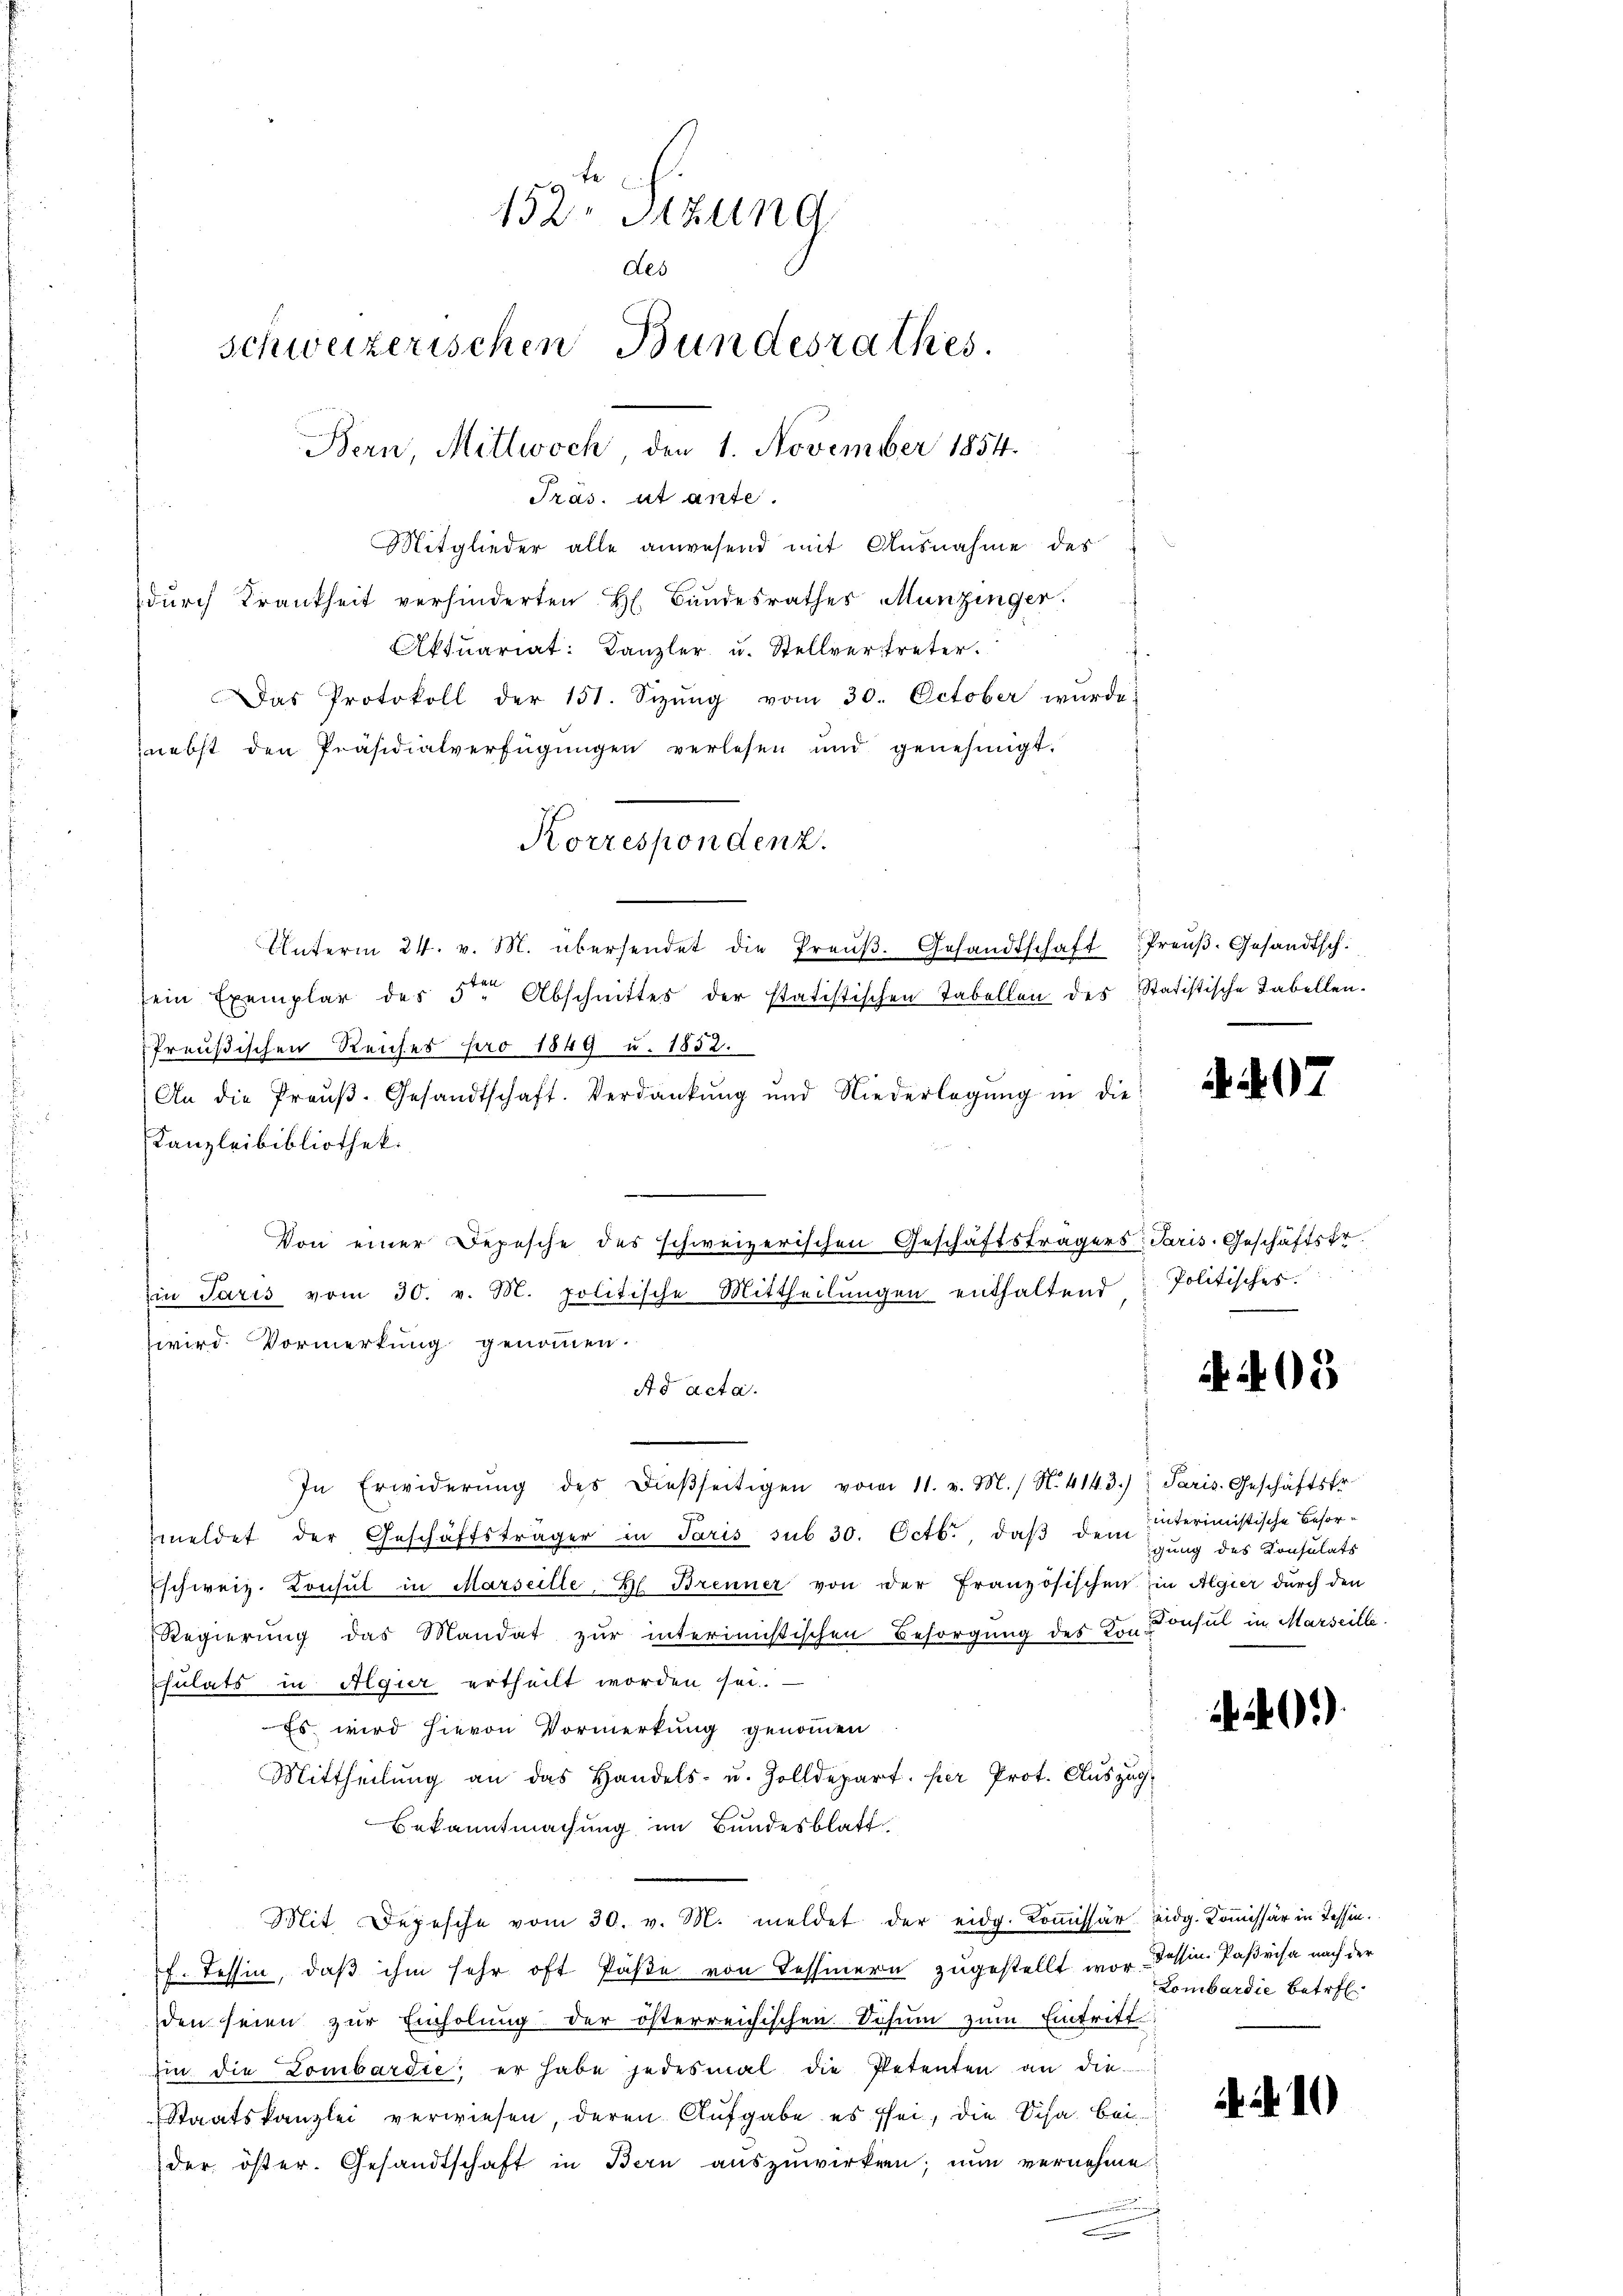
Mitglieder alle anwesend mit Ausnahme des
durch Krankheit verhinderten H. Bundesrathes Munzinger.
Aktuariat: Kanzler u. Stellvertreter.
Das Protokoll der 151. Sizŭng vom 30. October wurde
nebst den Präsidialverfügŭngen verlesen und genehmigt.
Unterm 24. v. M. übersendet die Preŭβ. Gesandtschaft Preŭβ.Gesandtsch.
ein Exemplar des 5ten Abschnittes der statistischen Tabellen des Statistische Tabellen.
Preußischen Reiches pro 1849 u. 1852.
An die Preŭβ- Gesandtschaft. Verdankŭng und Niederlegŭng in die
Kanzleibibliothek.
.
Von einer Depesche des schweizerischen Geschäftsträgers Paris. Geschäftsfr.
Ein Paris vom 30. v. M. politische Mittheilungen enthaltend
wird. Vormerkung genommen.
Ad acta.
In Erwiderŭng des dieβseitigen vom 11. v. M. / N. 4143.) Paris. Geschäftsfr.
meldet der Geschäftsträger in Paris sub 30. Octbr., daß dem
schweiz. Konsul in Marseille. Bl. Brenner von der Französischen in Algier durch den
Regierung das Mandat zŭr interimistischen Besorgung des von Consul in Marseille.
psulats in Algier ertheilt worden sei.
Es wird hievon Vormerkung genommen
Mittheilung an das Handels- u. Zolldepart per Prot. Auszug
Bekanntmachung im Bundesblatt,
Mit Depesche vom 30. v. M. meldet der eidg. Kommissär eidg. Kommissär in Tessin.
f. Tessin, daß ihm sehr oft Päße von Tessinern zugestellt wordessen. Parisa nach der
den seien zur Einholung der österreichischen Schum zum Eintritt
zin die Lombardie; er habe jedesmal die Petenten an die
Staatskanzlei verwiesen, deren Aufgabe es sei, die Scha bei
der öster. Gesandtschaft in Bern auszuwirken; nun vernehme
d

152. Sizung
des
schweizerischen Bundesrathes.
Bern, Mittwoch, den 1. November 1854.
Tras. et ante.

Korrespondenz.

07

Politisches
e

A.405

interimistische Besorigung des Konsulats

20)

Lombardie Betreff

10